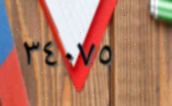
٣٤٠٧٥